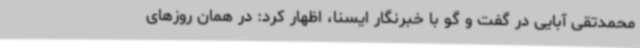
محمدتقی آبایی در گفت و گو با خبرنگار ایسنا، اظهار کرد: در همان روزهای